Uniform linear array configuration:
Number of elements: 12
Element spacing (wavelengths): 0.75
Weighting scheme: kaiser
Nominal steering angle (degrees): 60
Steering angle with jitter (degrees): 58.696
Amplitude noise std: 0.05
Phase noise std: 0.05

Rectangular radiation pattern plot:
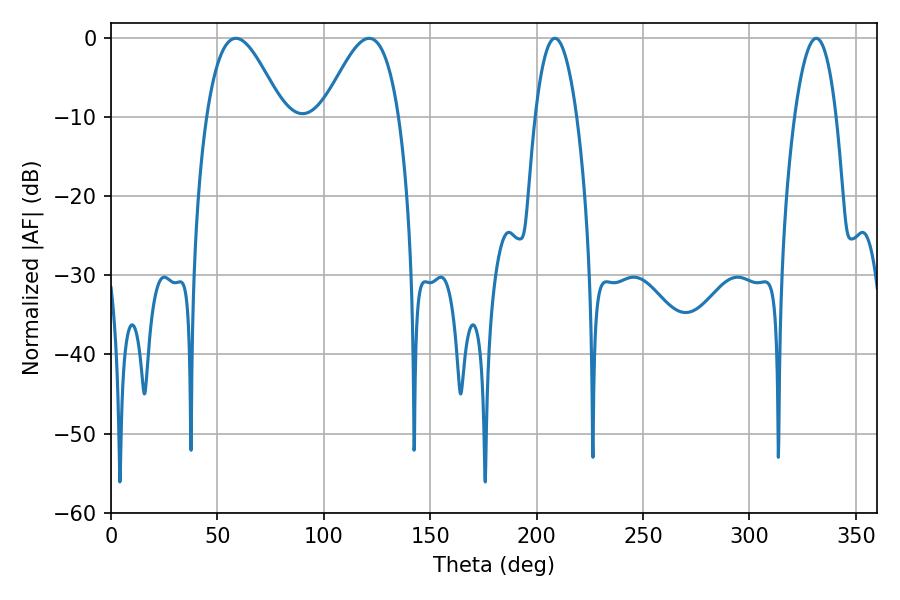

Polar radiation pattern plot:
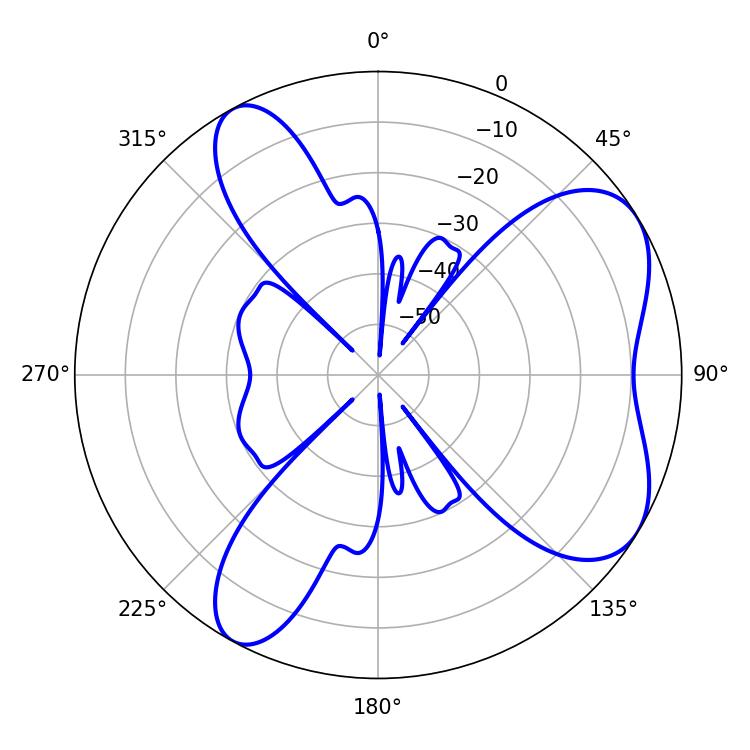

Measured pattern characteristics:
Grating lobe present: TRUE
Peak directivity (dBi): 6.296
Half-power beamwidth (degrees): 10.8
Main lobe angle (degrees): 208.62